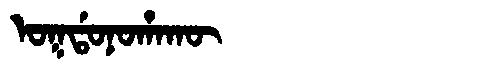
Manchu: ᠣᡴᡩᠣᠨᠣᡥᠠᡴᡡ
Romanization: OKDONOHAKŪ